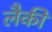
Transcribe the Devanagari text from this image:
लैकी